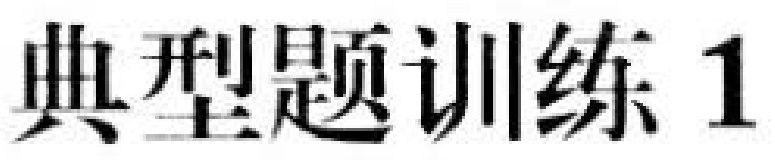
典型题训练 1